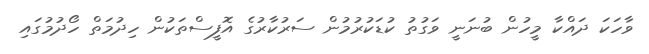
ވާހަކަ ދައްކާ މީހުން ބުނަނީ ވަގުތު ކުޑަކުރުމުން ސަރުކާރުގެ އޮފީސްތަކުން ހިދުމަތް ހޯދުމުގައި